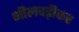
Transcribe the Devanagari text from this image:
भीलवड़ीकर